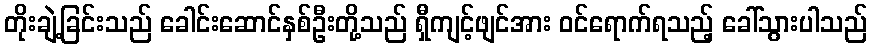
တိုးချဲ့ခြင်းသည် ခေါင်းဆောင်နှစ်ဦးတို့သည် ရှီကျင့်ဖျင်အား ဝင်ရောက်ရသည့် ခေါ်သွားပါသည်